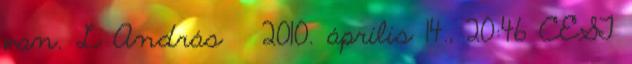
van. L András → 2010. április 14., 20:46 CEST